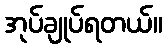
အုပ်ချုပ်ရတယ်။